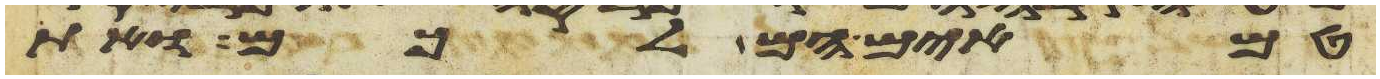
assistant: טמאים הם לכם ואת